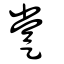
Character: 䟫